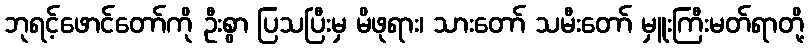
ဘုရင့်ဖောင်တော်ကို ဦးစွာ ပြသပြီးမှ မိဖုရား၊ သားတော် သမီးတော် မှူးကြီးမတ်ရာတို့